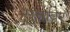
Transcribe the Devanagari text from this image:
सुनांवर